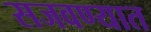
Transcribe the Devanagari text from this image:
सजवण्यात